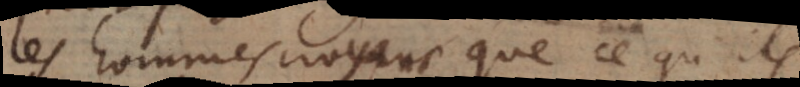
les hommes croyans que ce qu’ils